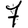
Digit: 7